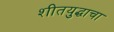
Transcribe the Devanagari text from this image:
शीतयुद्धाचा